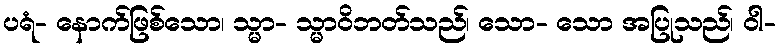
ပရံ- နောက်ဖြစ်သော၊ သ္မာ- သ္မာဝိဘတ်သည်၊ သော- သော အပြုသည်၊ ဝါ-